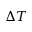
\Delta T